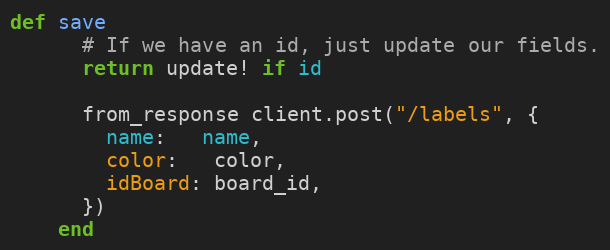
Language: Ruby
def save
      # If we have an id, just update our fields.
      return update! if id

      from_response client.post("/labels", {
        name:   name,
        color:   color,
        idBoard: board_id,
      })
    end